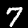
Label: 7